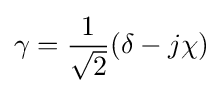
\gamma ={\frac {1}{\sqrt {2}}}(\delta -j\chi )